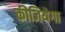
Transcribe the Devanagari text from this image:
कीजियेगा